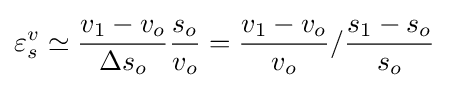
\varepsilon _{s}^{v}\simeq {\frac {v_{1}-v_{o}}{\Delta s_{o}}}{\frac {s_{o}}{v_{o}}}={\frac {v_{1}-v_{o}}{v_{o}}}/{\frac {s_{1}-s_{o}}{s_{o}}}